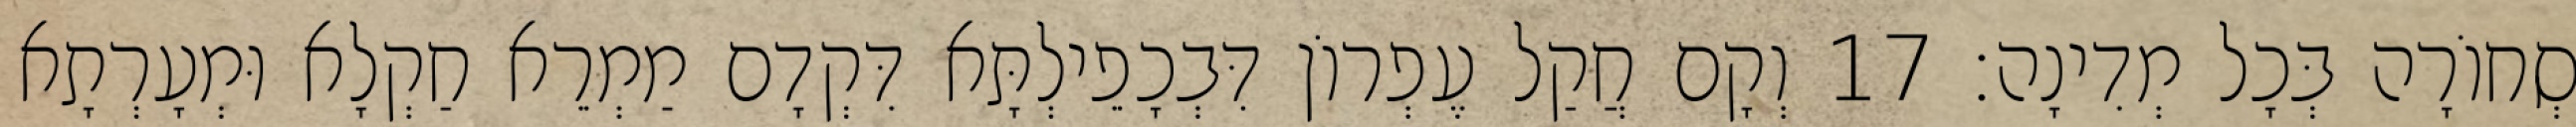
סְחוֹרָה בְּכָל מְדִינָה׃ 17 וְקָם חֲקַל עֶפְרוֹן דִּבְכָפֵילְתָּא דִּקְדָם מַמְרֵא חַקְלָא וּמְעָרְתָא